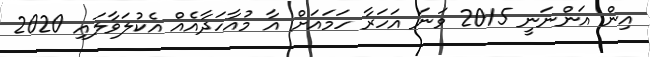
އިން އަންނަނީ 2015 ވަނަ އަހަރާ ހަމައަށް އާ މުއާހަދާއެއް އެކުލަވާލައި 2020